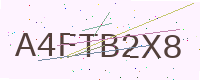
Text: A4FTB2X8